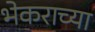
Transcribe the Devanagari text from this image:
भेकराच्या